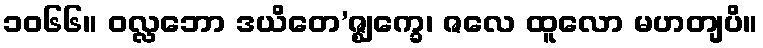
၁၀၆၆။ ဝလ္လဘော ဒယိတေ’ဇ္ဈက္ခေ၊ ဇလေ ထူလော မဟတျပိ။